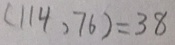
( 1 1 4 , 7 6 ) = 3 8